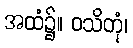
အထံ၌။ ဝသိတုံ၊